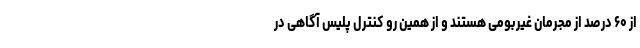
از ۶۰ درصد از مجرمان غیربومی هستند و از همین رو کنترل پلیس آگاهی در